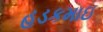
હડકમાઇ